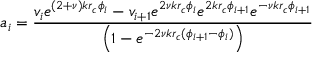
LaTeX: a _ { i } = \frac { v _ { i } e ^ { ( 2 + \nu ) k r _ { c } \phi _ { i } } - v _ { i + 1 } e ^ { 2 \nu k r _ { c } \phi _ { i } } e ^ { 2 k r _ { c } \phi _ { i + 1 } } e ^ { - \nu k r _ { c } \phi _ { i + 1 } } } { \left( 1 - e ^ { - 2 \nu k r _ { c } ( \phi _ { i + 1 } - \phi _ { i } ) } \right) }